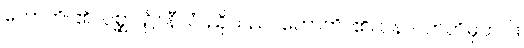
ဟောတိ၊ ၏။ ပစ္ဆာ၊ ၌။ နီလံ၊ ညိုသည်။ ဟောတိ၊ ၏။ ပန၊ ပကတိမှတပါး